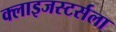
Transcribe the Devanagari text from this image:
क्लाइजस्टर्सला